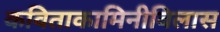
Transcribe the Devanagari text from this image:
कविताकामिनीविलास